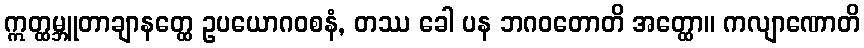
ဣတ္ထမ္ဘူတာချာနတ္ထေ ဥပယောဂဝစနံ, တဿ ခေါ ပန ဘဂဝတောတိ အတ္ထော။ ကလျာဏောတိ